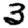
Digit: 3